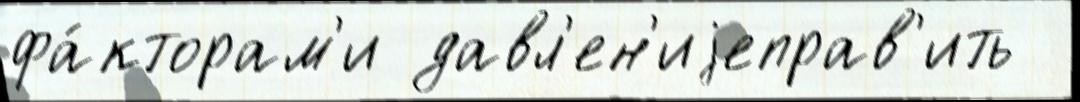
фа́кторам'и давл'ен'иjеправ'ить